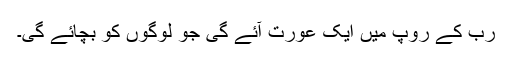
رب کے روپ میں ایک عورت آئے گی جو لوگوں کو بچائے گی۔